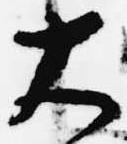
大